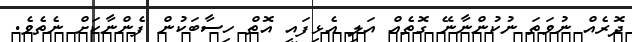
ދޮރެއް ނުވަތަ ނުކުންނާނޭ ގޮތެއް އަލި އެޅިފައި އޮތް ހިސާބަކުން ފެންނާކަށް ނެތެވެ.